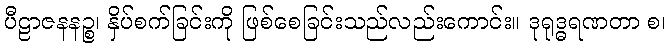
ပီဠာဇနနဉ္စ၊ နှိပ်စက်ခြင်းကို ဖြစ်စေခြင်းသည်လည်းကောင်း။ ဒုရုဒ္ဓရဏတာ စ၊